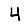
Digit: 4